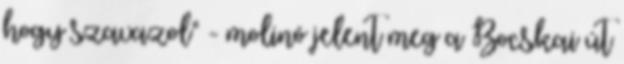
hogy szavazol" - molinó jelent meg a Bocskai út